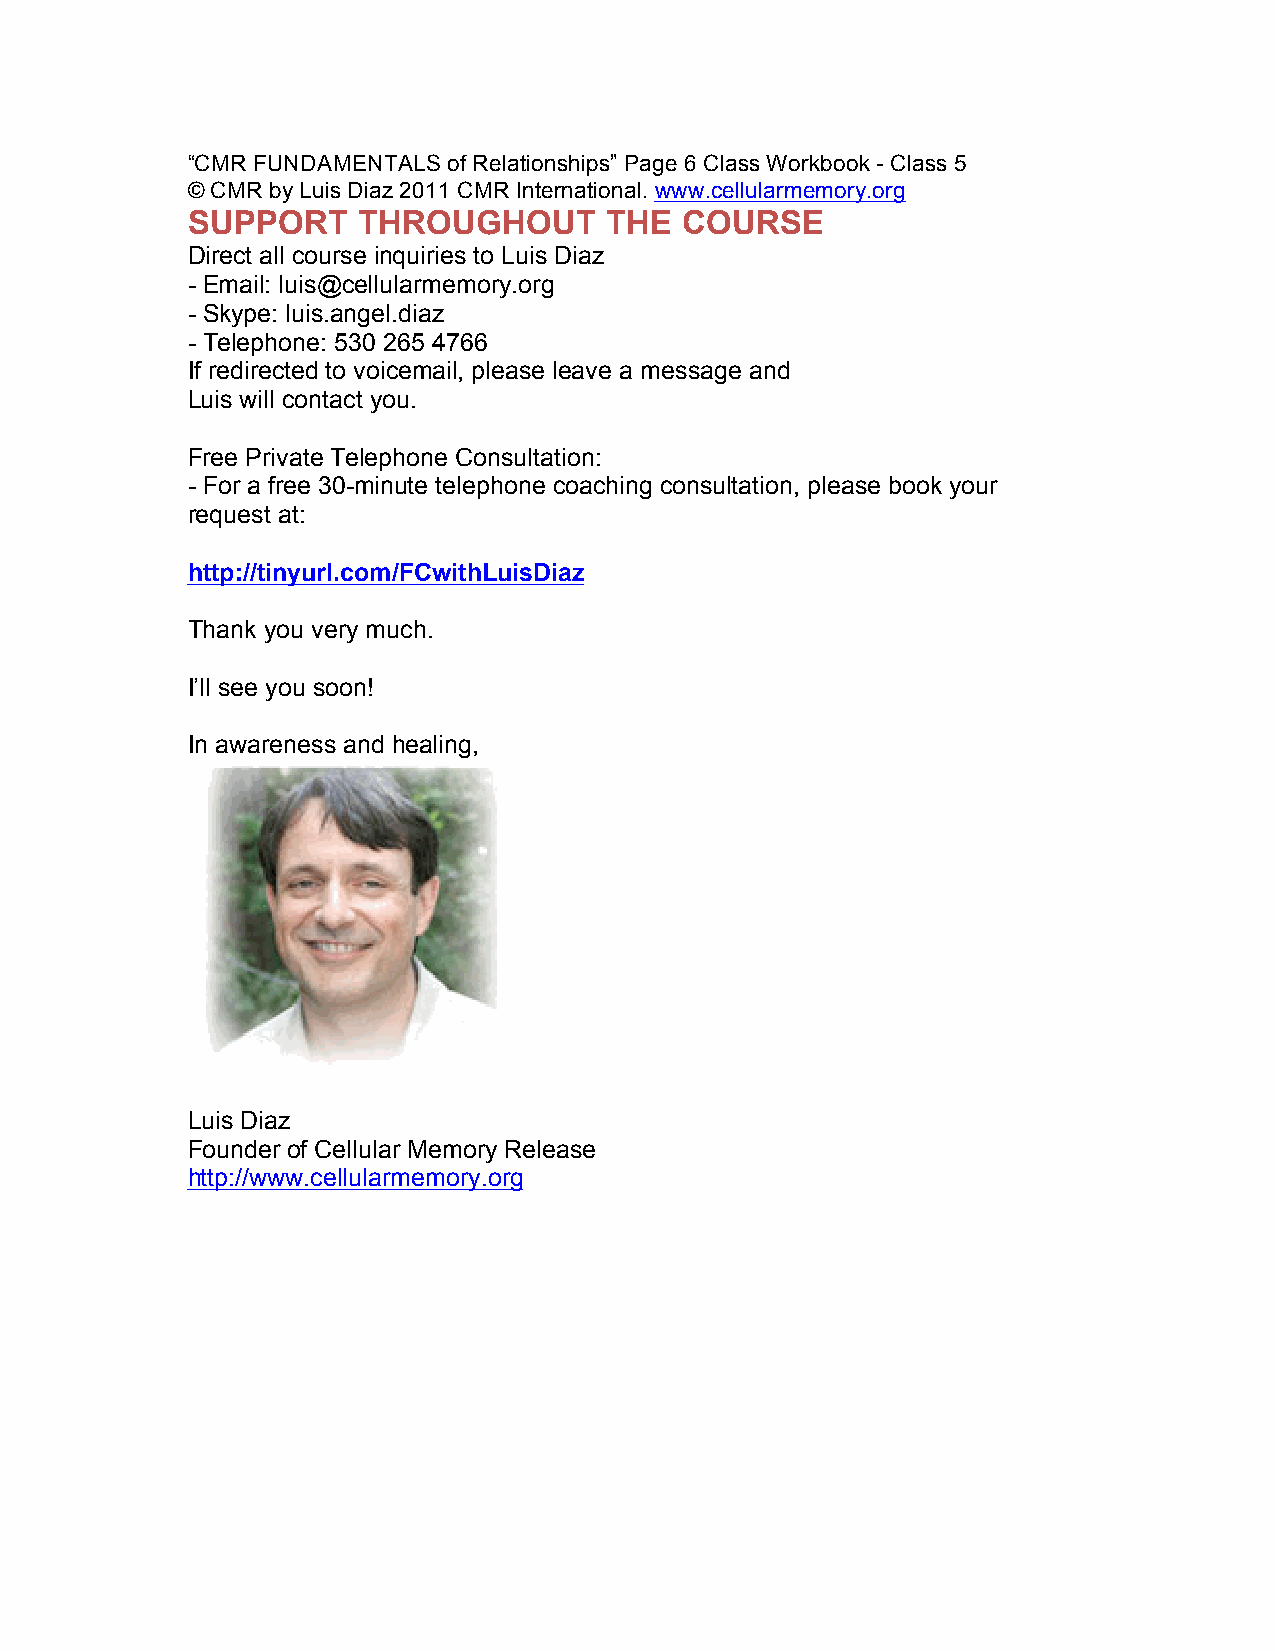
“CMR FUNDAMENTALS of Relationships” Page 6 Class Workbook - Class 5
 © CMR by Luis Diaz 2011 CMR International. www.cellularmemory.org
 SUPPORT     THROUGHOUT      THE  COURSE
 Direct all course inquiries to Luis Diaz
 - Email: luis@cellularmemory.org
 - Skype: luis.angel.diaz
 - Telephone: 530 265 4766
 If redirected to voicemail, please leave a message and
 Luis will contact you.
 Free Private Telephone Consultation:
 - For a free 30-minute telephone coaching consultation, please book your
 request at:
 http://tinyurl.com/FCwithLuisDiaz
 Thank you very much.
 I’ll see you soon!
 In awareness and healing,
 Luis Diaz
 Founder of Cellular Memory Release
 http://www.cellularmemory.org